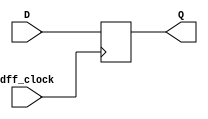
`timescale 1ns / 1ps
//////////////////////////////////////////////////////////////////////////////////
// Company: 
// Engineer: 
// 
// Design Name: 
// Module Name: dff_mod
// Project Name: 
// Target Devices: 
// Tool Versions: 
// Description: 
// 
// Dependencies: 
// 
// Revision:
// Revision 0.01 - File Created
// Additional Comments:
// 
//////////////////////////////////////////////////////////////////////////////////


module dff_mod(input dff_clock, D, output reg Q = 0);

    always @ (posedge dff_clock)
    begin
        Q <= D;
    end

endmodule